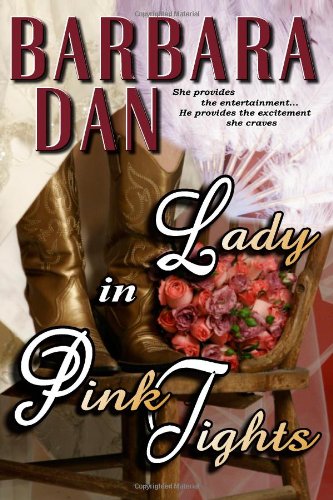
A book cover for Lady in Pink Tights; Barbara Dan; Romance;